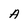
Character: A